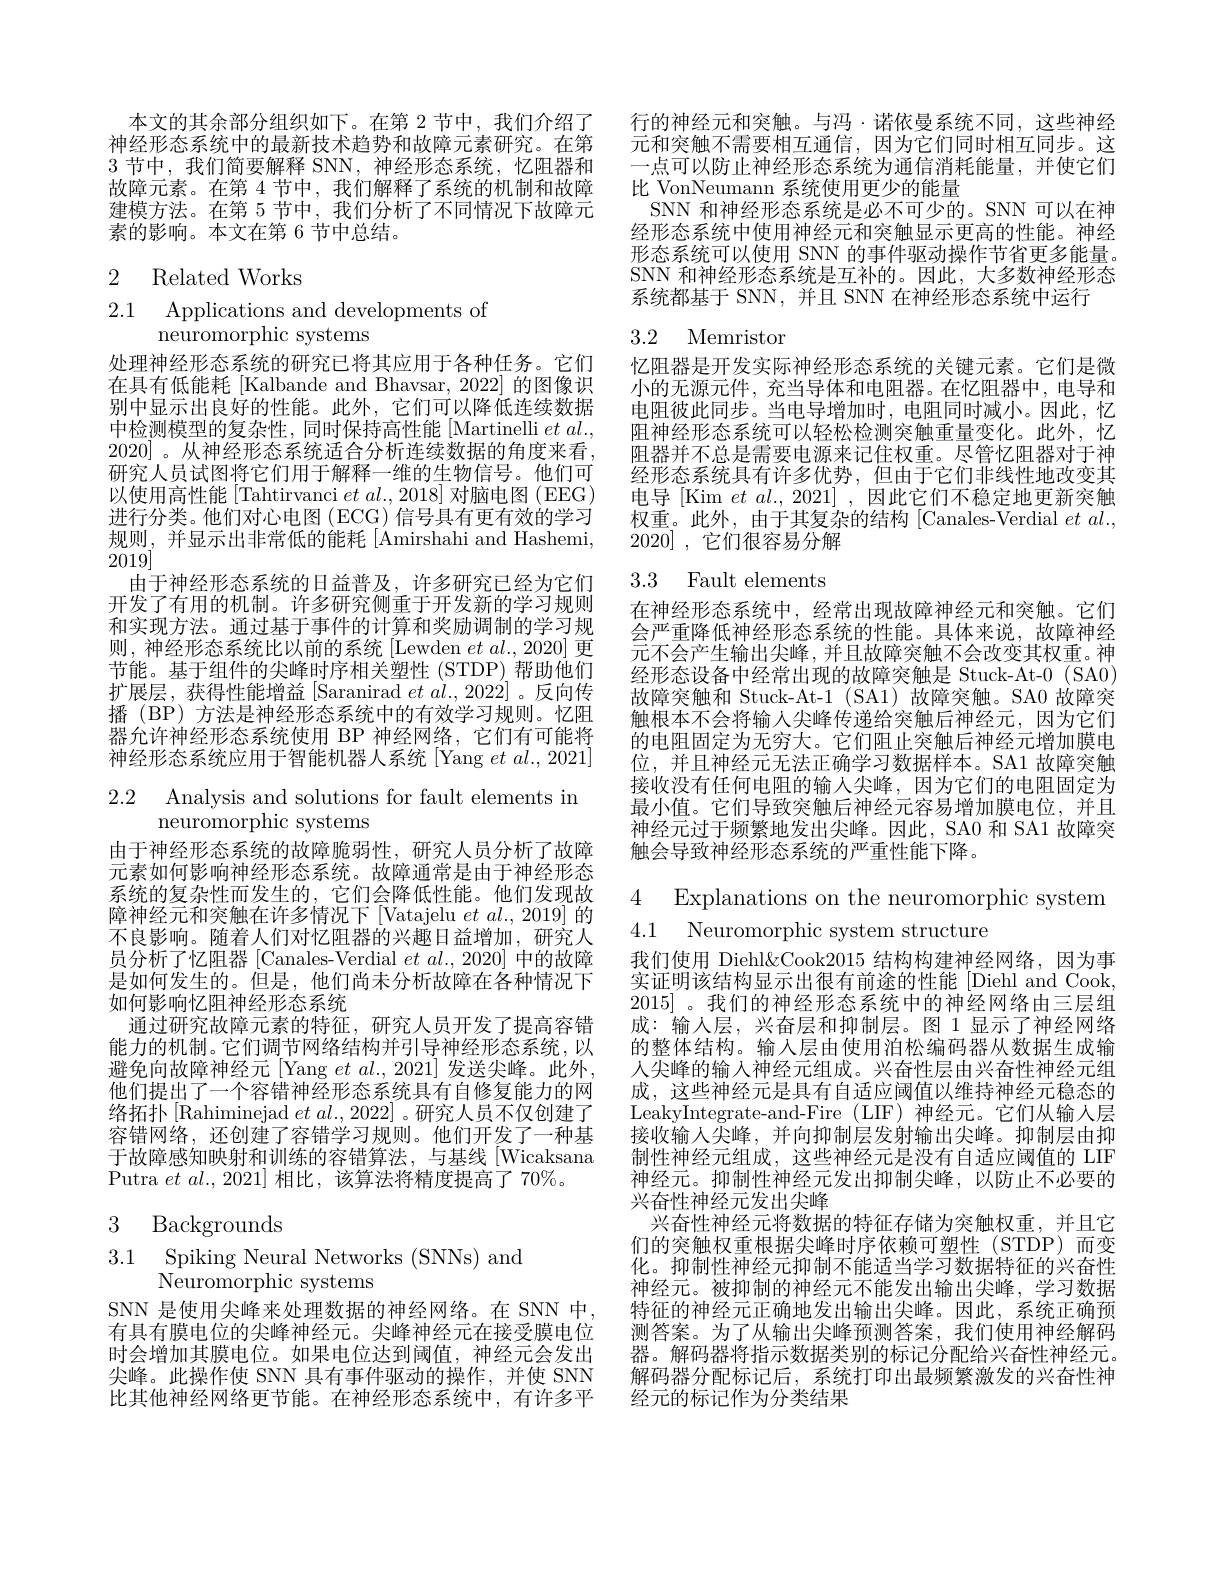
本文的其余部分组织如下。在第 2 节中，我们介绍了神经形态系统中的最新技术趋势和故障元素研究。在第3节中，我们简要解释 SNN,神经形态系统，忆阻器和故障元素。在第 4节中，我们解释了系统的机制和故障建模方法。在第 5 节中，我们分析了不同情况下故障元素的影响。本文在第 6 节中总结。

2 Related Works

2.1 Applications and developments of
neuromorphic systems

处理神经形态系统的研究已将其应用于各种任务。它们在具有低能耗[Kalbande and Bhavsar, 2022] 的图像识别中显示出良好的性能。此外，它们可以降低连续数据中检测模型的复杂性，同时保持高性能[Martinelli $et~al.$, 2020]。从神经形态系统适合分析连续数据的角度来看研究人员试图将它们用于解释一维的生物信号。他们可以使用高性能 [Tahtirvanci $et$ $al. , 2018]$对脑电图 (EEG) 进行分类。他们对心电图(ECG)信号具有更有效的学习规则，并显示出非常低的能耗[Amirshahi and Hashemi, 2019]
由于神经形态系统的日益普及，许多研究已经为它们开发了有用的机制。许多研究侧重于开发新的学习规则和实现方法。通过基于事件的计算和奖励调制的学习规则，神经形态系统比以前的系统 [Lewden $etal.,2020]$更节能。基于组件的尖峰时序相关塑性(STDP) 帮助他们扩展层，获得性能增益[Saranirad $et\textit{al. , 2022}]$ 。反向传播(BP) 方法是神经形态系统中的有效学习规则。忆阻器允许神经形态系统使用 BP 神经网络，它们有可能将神经形态系统应用于智能机器人系统[Yang et al., 2021]

## 2.2 Analysis and solutions for fault elements in neuromorphic systems

由于神经形态系统的故障脆弱性，研究人员分析了故障元素如何影响神经形态系统。故障通常是由于神经形态系统的复杂性而发生的，它们会降低性能。他们发现故障神经元和突触在许多情况下 [Vatajelu $et$ $al.,2019]$的不良影响。随着人们对忆阻器的兴趣日益增加，研究人员分析了忆阻器[Canales-Verdial $et\textit{al. , 2020] 中 的 故 障 }$ 是如何发生的。但是，他们尚未分析故障在各种情况下如何影响忆阻神经形态系统
通过研究故障元素的特征，研究人员开发了提高容错能力的机制。它们调节网络结构并引导神经形态系统，以避免向故障神经元[Yang $et\textit{al. , 2021}]$发送尖峰。此外他们提出了一个容错神经形态系统具有自修复能力的网络拓扑[Rahiminejad $et\textit{al. , 2022}]$ 。研究人员不仅创建了容错网络，还创建了容错学习规则。他们开发了一种基于故障感知映射和训练的容错算法，与基线[Wicaksana Putra $etal.$, 2021] 相比，该算法将精度提高了 70%。
$$\begin{matrix}3&\text{Backgrounds}\\3.1&\text{Spiking Neural Networks (SNNs) and}\\&\text{Neuromorphic systems}\end{matrix}$$
行的神经元和突触。与冯·诺依曼系统不同，这些神经元和突触不需要相互通信，因为它们同时相互同步。这一点可以防止神经形态系统为通信消耗能量，并使它们比 VonNeumann 系统使用更少的能量
SNN 和神经形态系统是必不可少的。SNN 可以在神经形态系统中使用神经元和突触显示更高的性能。神经形态系统可以使用 SNN 的事件驱动操作节省更多能量。SNN 和神经形态系统是互补的。因此，大多数神经形态系统都基于 SNN, 并且 SNN 在神经形态系统中运行

3.2 Memristor

忆阻器是开发实际神经形态系统的关键元素。它们是微小的无源元件，充当导体和电阻器。在忆阻器中，电导和电阻彼此同步。当电导增加时，电阻同时减小。因此，忆阻神经形态系统可以轻松检测突触重量变化。此外，忆阻器并不总是需要电源来记住权重。尽管忆阻器对于神经形态系统具有许多优势，但由于它们非线性地改变其电导[Kim $et$ $al.$, 2021] ,因此它们不稳定地更新突触权重。此外，由于其复杂的结构 [Canales-Verdial $et$ $al.$, 2020] ,它们很容易分解

# 3.3 Fault elements

在神经形态系统中，经常出现故障神经元和突触。它们会严重降低神经形态系统的性能。具体来说，故障神经元不会产生输出尖峰，并且故障突触不会改变其权重。神经形态设备中经常出现的故障突触是 Stuck-At-0 (SAO) 故障突触和 Stuck-At-1 (SA1) 故障突触。SA0 故障突触根本不会将输入尖峰传递给突触后神经元，因为它们的电阻固定为无穷大。它们阻止突触后神经元增加膜电位，并且神经元无法正确学习数据样本。SA1 故障突触接收没有任何电阻的输入尖峰，因为它们的电阻固定为最小值。它们导致突触后神经元容易增加膜电位，并且神经元过于频繁地发出尖峰。因此，SA0 和 SA1 故障突触会导致神经形态系统的严重性能下降。

4 Explanations on the neuromorphic system
4.1 Neuromorphic system structure

我们使用 Diehl&Cook2015 结构构建神经网络，因为事实证明该结构显示出很有前途的性能[Diehl and Cook, 2015]。我们的神经形态系统中的神经网络由三层组成：输人层，兴奋层和抑制层。图 1 显示了神经网络的整体结构。输入层由使用泊松编码器从数据生成输人尖峰的输入神经元组成。兴奋性层由兴奋性神经元组成，这些神经元是具有自适应阈值以维持神经元稳态的LeakyIntegrate-and-Fire (LIF)神经元。它们从输入层接收输人尖峰，并向抑制层发射输出尖峰。抑制层由抑制性神经元组成，这些神经元是没有自适应阈值的 LIF 神经元。抑制性神经元发出抑制尖峰，以防止不必要的兴奋性神经元发出尖峰
兴奋性神经元将数据的特征存储为突触权重，并且它们的突触权重根据尖峰时序依赖可塑性(STDP)而变化。抑制性神经元抑制不能适当学习数据特征的兴奋性神经元。被抑制的神经元不能发出输出尖峰，学习数据特征的神经元正确地发出输出尖峰。因此，系统正确预测答案。为了从输出尖峰预测答案，我们使用神经解码器。解码器将指示数据类别的标记分配给兴奋性神经元。解码器分配标记后，系统打印出最频繁激发的兴奋性神经元的标记作为分类结果

SNN 是使用尖峰来处理数据的神经网络。在 SNN 中， 有具有膜电位的尖峰神经元。尖峰神经元在接受膜电位时会增加其膜电位。如果电位达到阈值，神经元会发出尖峰。此操作使 SNN 具有事件驱动的操作，并使 SNN 比其他神经网络更节能。在神经形态系统中，有许多平